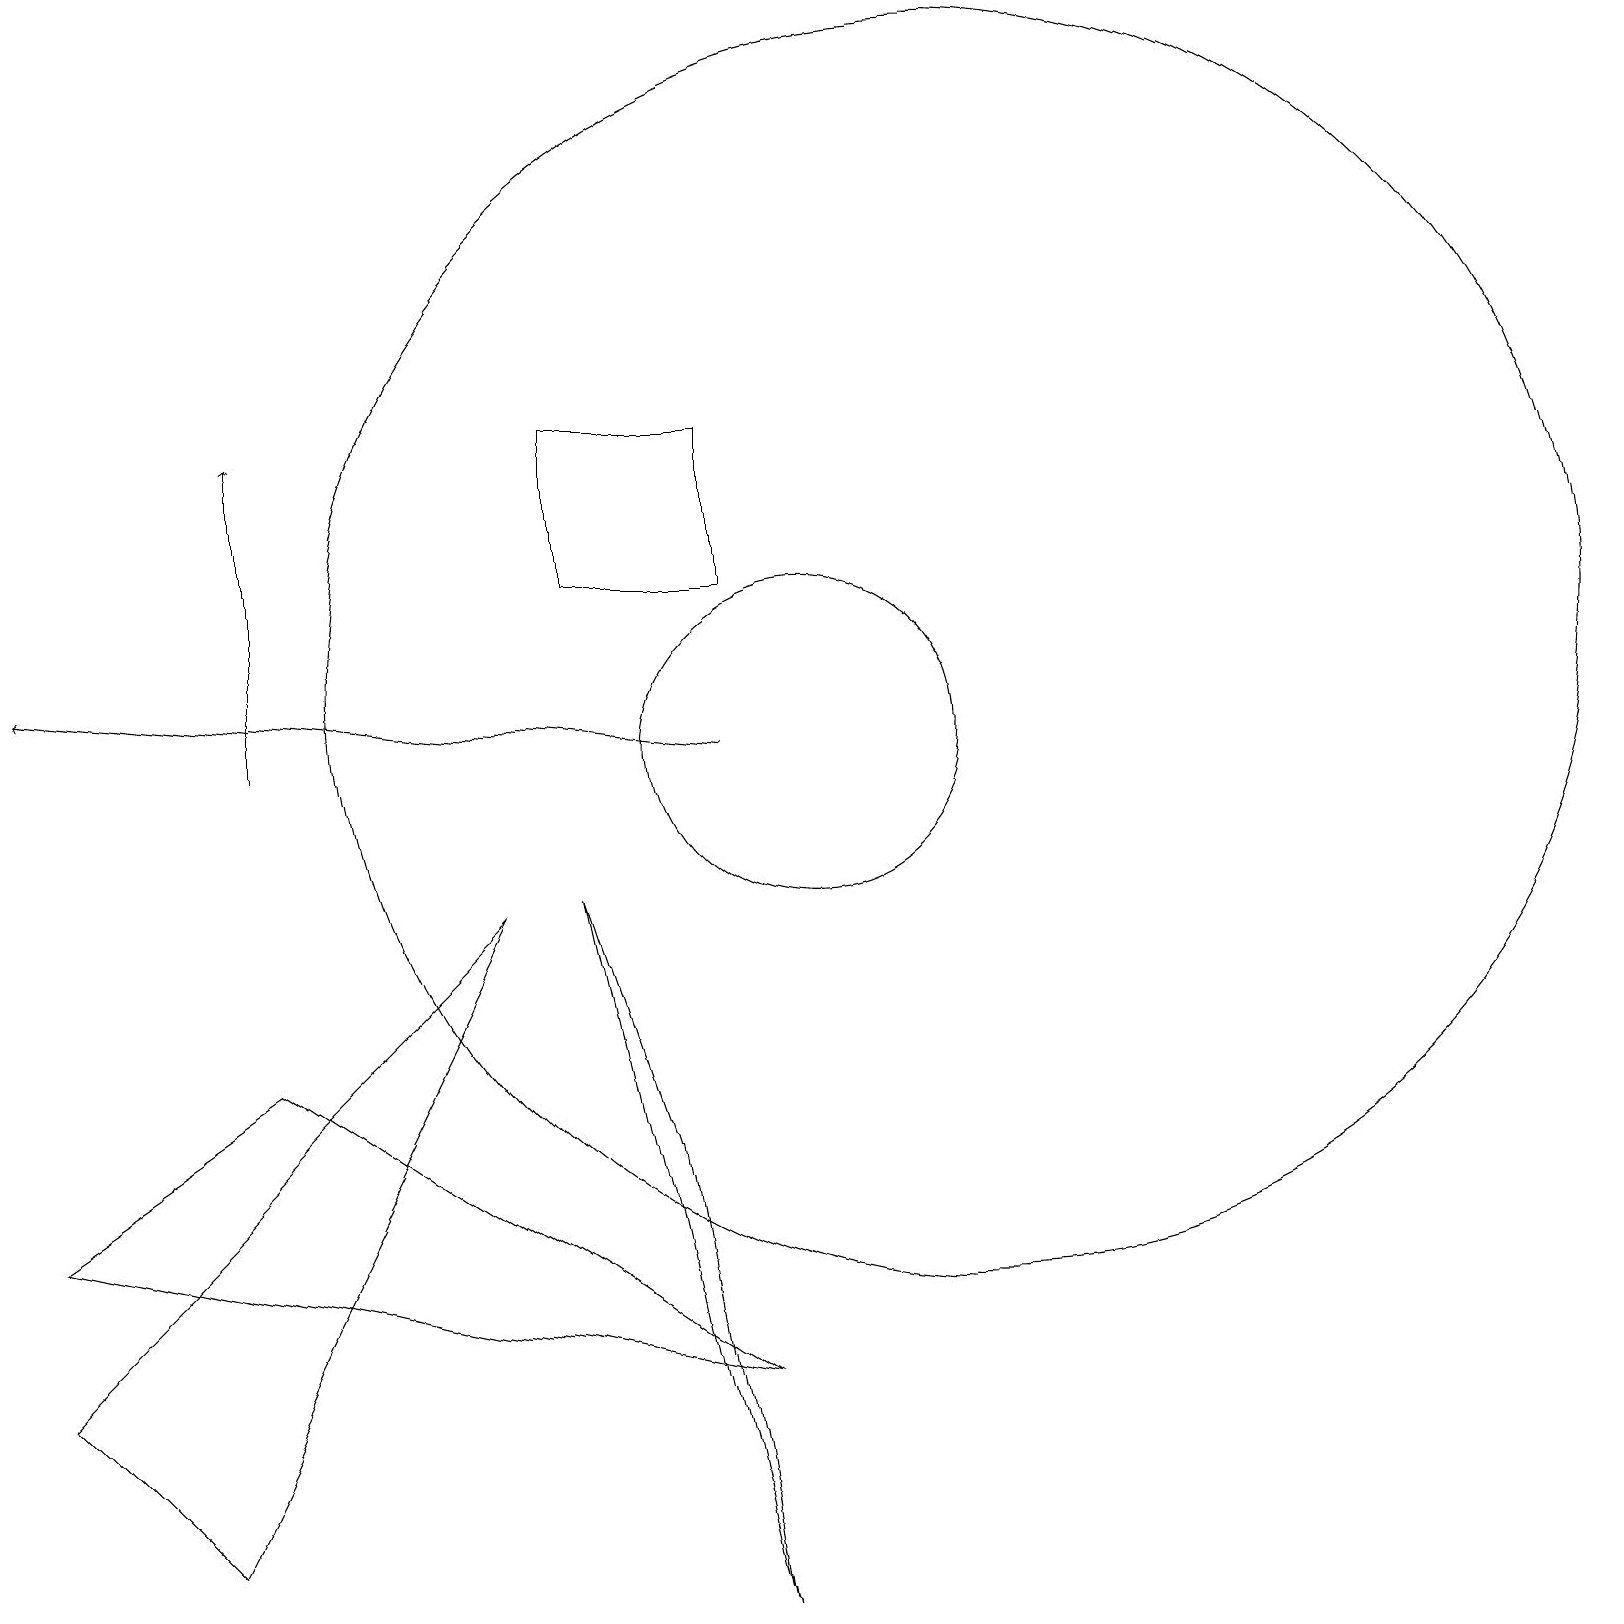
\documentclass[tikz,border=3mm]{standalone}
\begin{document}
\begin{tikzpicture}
\draw (3,7) -- (9,3) -- (0,5) -- cycle;
\draw (12,12) circle (8);
\draw (7,9) -- (8,6) -- (9,0) -- cycle;
\draw (6,9) -- (2,1) -- (0,3) -- cycle;
\draw[->] (3,11) -- (3,15);
\draw (7,13) rectangle (9,15);
\draw (10,11) circle (2);
\draw[->] (9,11) -- (0,12);
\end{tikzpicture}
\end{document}